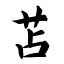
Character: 苫